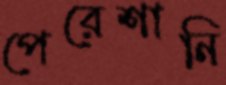
পেরেশানি